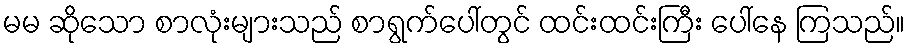
မမ ဆိုသော စာလုံးများသည် စာရွက်ပေါ်တွင် ထင်းထင်းကြီး ပေါ်နေ ကြသည်။